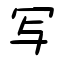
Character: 写